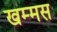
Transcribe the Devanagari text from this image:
खम्मस